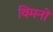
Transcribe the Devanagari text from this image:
विमनों